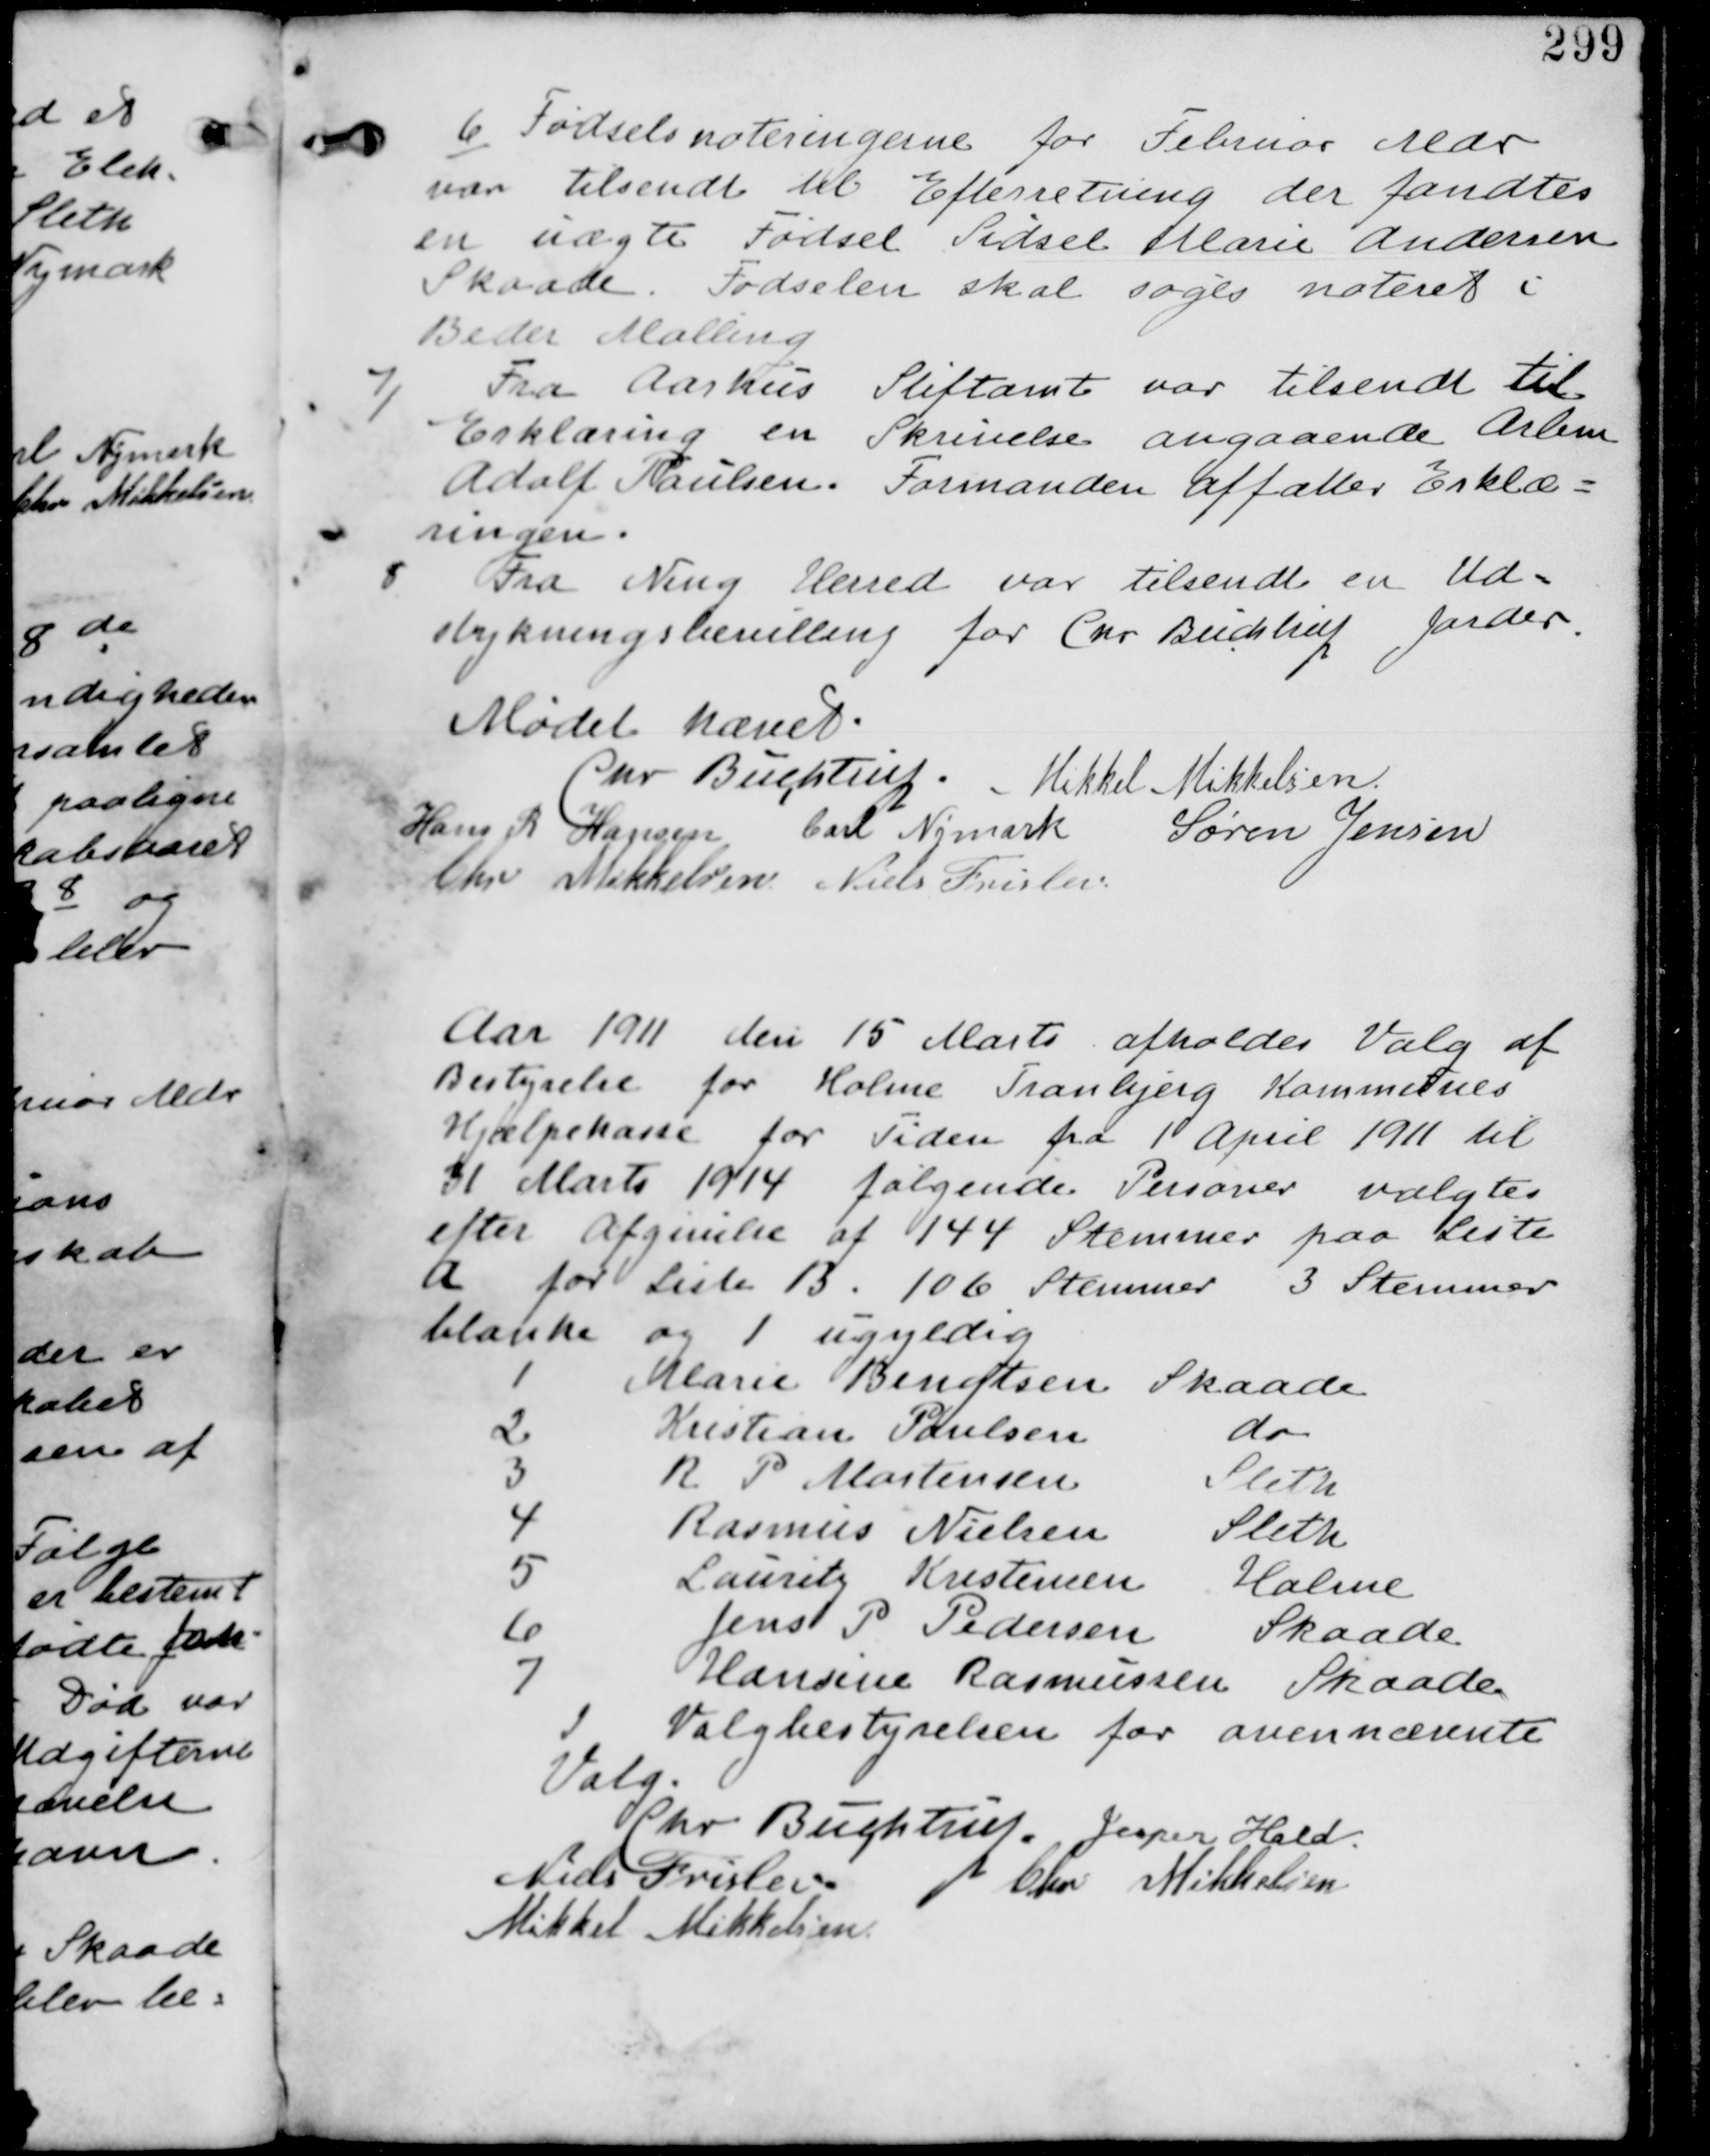
Transskription:
6/ Fødselsnoteringerne fra Februar Mdr
var tilsendt til Efterretning der fandtes
en uægte Fødsel Marie Andersen
Skaade. Fødselen skal søges noteret i
Beder Malling

7/
Fra Aarhus Stiftamt var tilsendt til
Erklæring en Skrivelse angaaende Arbm
Adolf Paulsen. Formanden affatter Erklæ-
ringen.

8
Fra Ning Herred var tilsendt en Ud-
stykningsbevilling for Chr Buchtrup Jorder.

Mødet hævet
Chr Buchtrup. Mikkel Mikkelsen
Hans R Hansen Carl Nymark Søren Jensen
Chr Mikkelsen Niels Frislev

Aar 1911 den 15 Marts afholdes Valg af
Bestyrelse for Holme Tranbjerg Kommunes
Hjælpekasse for Tiden fra 1 April 1911 til
31 Marts 1914 følgende Personer valgtes
efter afgivelse af 144 Stemmer paa Liste
A for Liste B. 106 Stemmer 3 Stemmer
blanke og 1 ugyldig.
1 Marie Benztsen Skaade
2 Kristian Paulsen do
3 R P Mortensen Sleth
4 Rasmus Nielsen Sleth
5 Lauritz Kristensen Holme
6 Jens P Pedersen Skaade
7 Hansine Rasmussen Skaade
I Valgbestyrelsen for ovennævnte
Valg.
Chr Buchtrup. Jesper Hald
Niels Frislev Chr Mikkelsen
Mikkel Mikkelsen